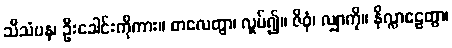
သီသံပန၊ ဦးခေါင်းကိုကား။ စာလေတွာ၊ လှုပ်၍။ ဇိဝှံ၊ လျှာကို။ နိလ္လာဠေတွာ၊